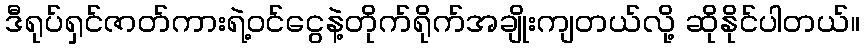
ဒီရုပ်ရှင်ဇာတ်ကားရဲ့ဝင်ငွေနဲ့တိုက်ရိုက်အချိုးကျတယ်လို့ ဆိုနိုင်ပါတယ်။